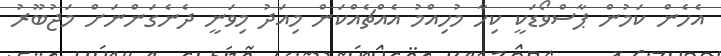
އެހެން ކަމުން ޕާސްވޯޑަކީ ކިހާ މުހިއްމު އެއްޗެއްކަން މިއަދު މިވަނީ ދެނެގަންނަށް މަޖުބޫރު